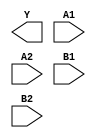
module sky130_fd_sc_hs__a22oi (
    Y ,
    A1,
    A2,
    B1,
    B2
);

    output Y ;
    input  A1;
    input  A2;
    input  B1;
    input  B2;

    // Voltage supply signals
    supply1 VPWR;
    supply0 VGND;

endmodule